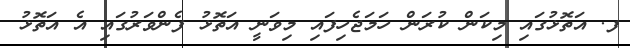
ފ. އަތޮޅުގައި މިކަން ކުރަން ހަމަޖެހިފައި މިވަނީ އަތޮޅު ފެންވަރުގައި އެ އަތޮޅު